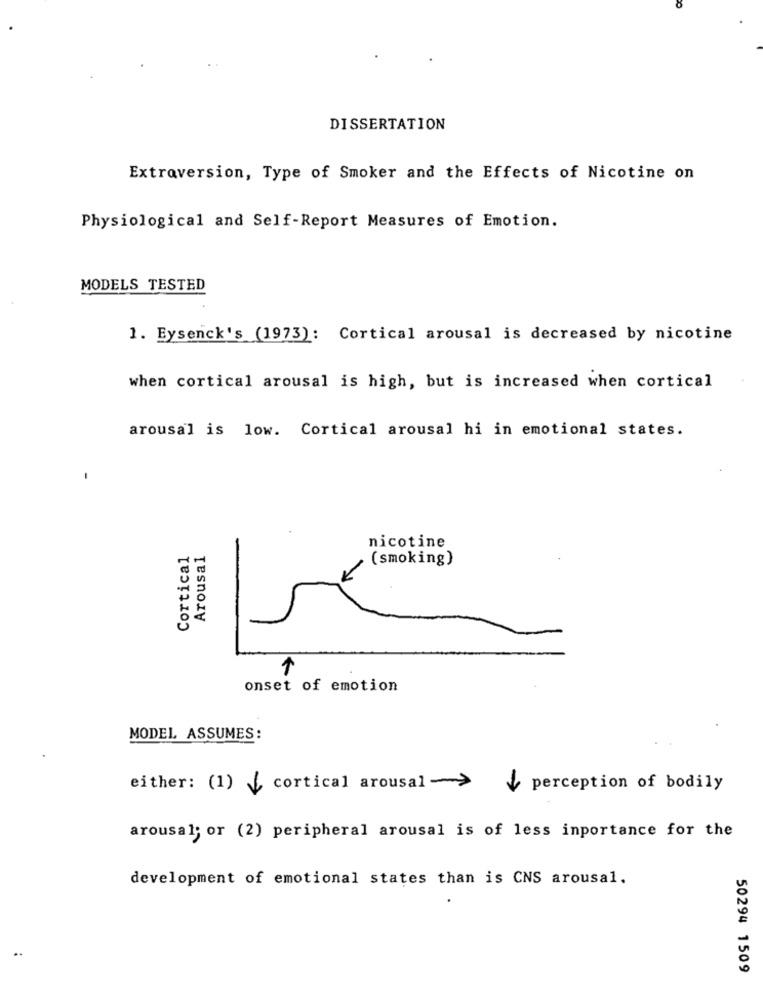
DISSERTATION
Extraversion, Type of Smoker and the Effects of Nicotine on
Physiological and Self-Report Measures of Emotion.
MODELS TESTED
1. Eysenck's (1973): Cortical arousal is decreased by nicotine
when cortical arousal is high, but is increased when cortical
arousal is low. Cortical arousal hi in emotional states.
-
nicotine
Cortical
Arousal
(smoking)
1
onset of emotion
MODEL ASSUMES:
either: (1) [ cortical arousal ->
perception of bodily
arousal; or (2) peripheral arousal is of less inportance for the
development of emotional states than is CNS arousal.
50294 1509